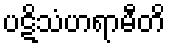
ပဋိသံဟရာမီတိ